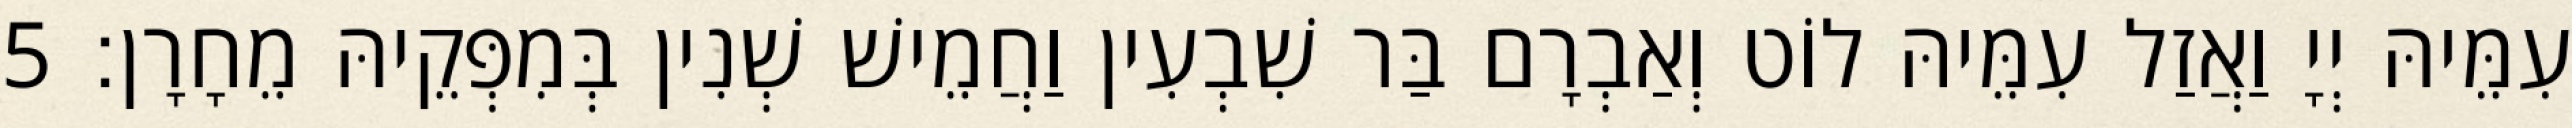
עִמֵּיהּ יְיָ וַאֲזַל עִמֵּיהּ לוֹט וְאַבְרָם בַּר שִׁבְעִין וַחֲמֵישׁ שְׁנִין בְּמִפְּקֵיהּ מֵחָרָן׃ 5